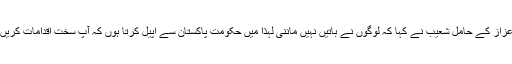
دنیا کے تیز ترین باؤلر کے اعزاز کے حامل شعیب نے کہا کہ لوگوں نے باتیں نہیں ماننی لہٰذا میں حکومت پاکستان سے اپیل کرتا ہوں کہ آپ سخت اقدامات کریں، یہاں لاک ڈاؤن شروع کریں۔